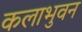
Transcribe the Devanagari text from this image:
कलाभुवन